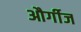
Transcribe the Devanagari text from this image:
और्गीज